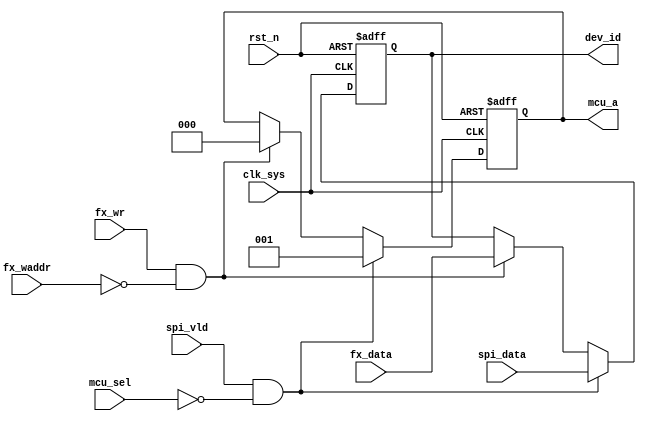
//dev_id.v

module devid_gen(
dev_id,
//fx bus
fx_waddr,
fx_wr,
fx_data,
//mcu spi
spi_data,
spi_vld,
mcu_sel,
mcu_a,
//clk rst
clk_sys,
rst_n
);
output [7:0]	dev_id;
//fx bus
input [15:0]	fx_waddr;
input					fx_wr;
input [7:0]		fx_data;
//mcu spi
input [7:0]	spi_data;
input				spi_vld;
input 			mcu_sel;
output [2:0]	mcu_a;
//clk rst
input	clk_sys;
input	rst_n;
//--------------------------------------
//--------------------------------------


wire case1/*synthesis keep*/;
wire case2/*synthesis keep*/;
assign case1 = spi_vld & (~mcu_sel);
assign case2 = fx_wr & (fx_waddr == 16'h0);


//----------set dev id ---------
reg [7:0]	dev_id;
always @ (posedge clk_sys or negedge rst_n)	begin
	if(~rst_n)
`ifdef SIM
		dev_id <= 8'h1;
`else
		dev_id <= 8'hff;
`endif
	else if(spi_vld & (~mcu_sel))
		dev_id <= spi_data;
	else if(fx_wr & (fx_waddr == 16'h0))
		dev_id <= fx_data;
	else ;
end


//------------ mcu_a for notify MCU ---------
reg [2:0] mcu_a;
always @(posedge clk_sys or negedge rst_n)	begin
	if(~rst_n)
		mcu_a <= 3'h4;
	else if(case1)
		mcu_a <= 3'h1;
	else if(case2)
		mcu_a <= 3'h0;
	else ;
end


endmodule